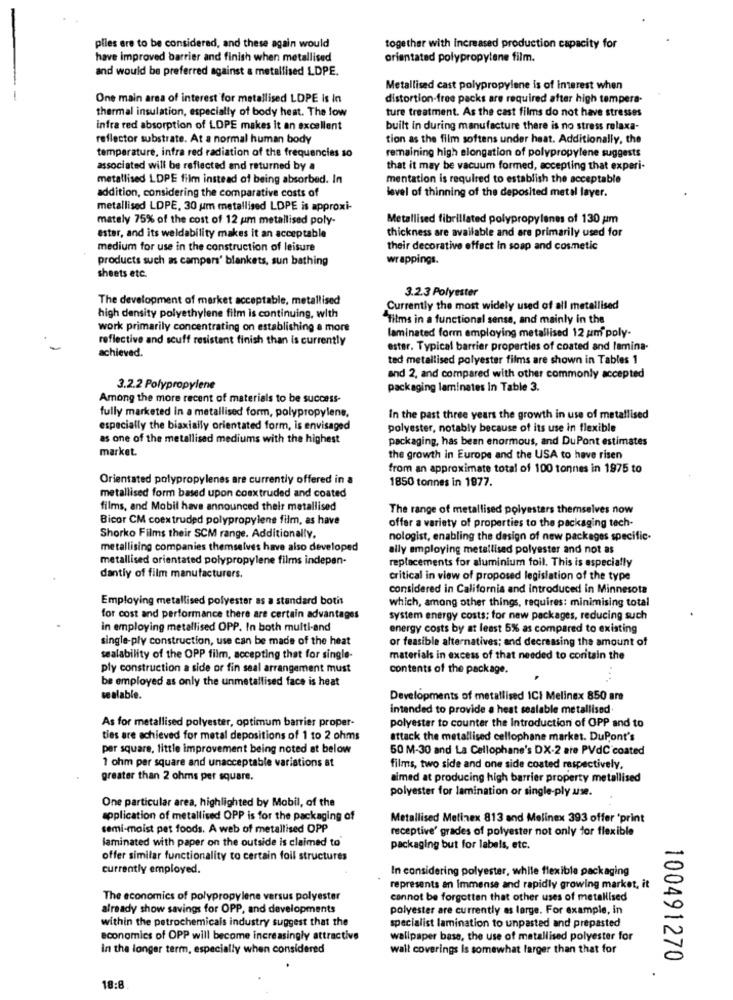
plies ere to be considered, and these again would
together with increased production capacity for
have improved barrier and finish when metallised
orientated polypropylene film.
and would be preferred against a metallised LDPE.
Metallised cast polypropylene is of interest when
One main area of interest for metallised LDPE is In
distortion-free packs are required after high tempera-
thermal insulation, especially of body heat. The low
ture treatment. As the cast films do not have stresses
infra red absorption of LDPE makes it an excellent
built in during manufacture there is no stress relaxa-
reflector substrate. At a normal human body
tion as the film softens under heat. Additionally, the
remaining high elongation of polypropylene suggests
temperature, infra red radiation of the frequencies 10
associated will be reflected and returned by a
that it may be vacuum formed, accepting that experi-
metallised LDPE film instead of being absorbed. In
mentation is required to establish the acceptable
addition, considering the comparative costs of
level of thinning of the deposited metal layer.
metallised LDPE, 30 um metallised LDPE is approxi-
mately 75% of the cost of 12 um metallised poly-
Metallised fibrillated polypropylenes of 130 um
thickness are available and are primarily used for
ester, and its weldability makes it an acceptable
medium for use in the construction of leisure
their decorative effect In soap and cosmetic
products such as campers' blankets, sun bathing
wrappings.
sheets etc.
3.2.3 Polyester
The development of market acceptable, metallised
Currently the most widely used of all metallised
high density polyethylene film is continuing, with
"films in a functional sense, and mainly in the
work primarily concentrating on establishing a more
reflective and scuff resistant finish than is currently
laminated form employing metallised 12 um poly-
achieved.
ester. Typical barrier properties of coated and lamina-
ted metallised polyester films are shown in Tables 1
and 2, and compared with other commonly accepted
3.2.2 Polypropylene
packaging laminates in Table 3.
Among the more recent of materials to be success-
fully marketed in a metallised form, polypropylene,
In the past three years the growth in use of metallised
especially the biaxially orientated form, is envisaged
polyester, notably because of its use in flexible
as one of the metallised mediums with the highest
packaging, has been enormous, and DuPont estimates
market.
the growth in Europe and the USA to have risen
from an approximate total of 100 tonnes in 1975 to
Orientated polypropylenes are currently offered in a
1850 tonnes in 1877.
metallised form based upon coextruded and coated
films, and Mobil have announced their metallised
The range of metallised polyest
themselves now
Bicor CM coextruded polypropylene film, as have
offer a variety of properties to the packaging tech-
Shorko Films their SCM range. Additionally.
nologist, enabling the design of new packages specific.
metallising companies themselves have also developed
ally employing metallised polyester and not as
metallised orientated polypropylene films indepen-
replacements for aluminium foil. This is especially
dantly of film manufacturers.
critical in view of proposed legislation of the type
considered in California and introduced in Minnesota
Employing metallised polyester as a standard botis
which, among other things, requires: minimising total
for cost and performance there are certain advantages
system energy costs: for new packages, reducing such
in employing metallised OPP. In both multi-and
energy costs by at least 5% as compared to existing
single-ply construction, use can be made of the heat
or feasible alternatives; and decreasing the amount of
sealability of the OPP film, accepting that for single-
materials in excess of that needed to coritain the
ply construction a side or fin seal arrangement must
contents of the package.
be employed as only the unmetallised face is heat
sealable.
Developments of metallised ICi Melinex 850 are
intended to provide a heat sealable metallised.
As for metallised polyester, optimum barrier proper-
polyester to counter the Introduction of OPP and to
ties are achieved for metal depositions of 1 to 2 ohms
attack the metallised cellophane market. DuPont's
per square, little improvement being noted at below
50 M-30 and La Cellophane's DX-2 are PVC coated
1 ohm per square and unacceptable variations at
films, two side and one side coated respectively.
greater than 2 ohms per square.
aimed at producing high barrier property metallised
polyester for lamination or single-ply unse.
One particular area, highlighted by Mobil, of the
application of metallised OPP is for the packaging of
Metallised Metinex 813 and Melinex 393 offer 'print
semi-moist pet foods. A web of metallised OPP
receptive' grades of polyester not only for flexible
laminated with paper on the outside is claimed to
packaging but for labels, etc.
offer similar functionality to certain foil structures
currently employed.
In considering polyester, while flexible packaging
represents an Immense and rapidly growing market, it
The economics of polypropylene versus polyester
cannot be forgotten that other uses of metallised
already show savings for OPP, and developments
polyester are currently as large. For example, in
within the petrochemicals industry suggest that the
specialist lamination to unpasted and prepasted
economics of OPP will become increasingly attractive
wallpaper base, the use of metallised polyester for
in the longer term, especially when considered
wall coverings is somewhat larger than that for
100491270
18:8